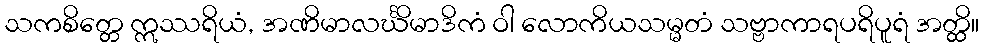
သကစိတ္တေ ဣဿရိယံ, အဏိမာလင်္ဃိမာဒိကံ ဝါ လောကိယသမ္မတံ သဗ္ဗာကာရပရိပူရံ အတ္ထိ။